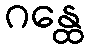
ဂန္ထေ